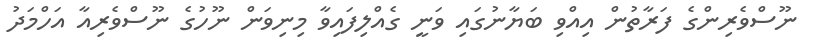
ނޫސްވެރިންގެ ފަރާތުން އިއްވި ބަޔާނުގައި ވަނީ ގެއްލިފައިވާ މިނިވަން ނޫހުގެ ނޫސްވެރިއާ އަހްމަދު